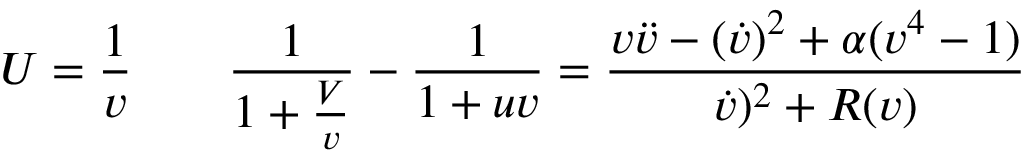
U = { \frac { 1 } { v } } \qquad { \frac { 1 } { 1 + { \frac { V } { v } } } } - { \frac { 1 } { 1 + u v } } = \frac { v \ddot { v } - ( \dot { v } ) ^ { 2 } + \alpha ( v ^ { 4 } - 1 ) } { \dot { v } ) ^ { 2 } + R ( v ) }